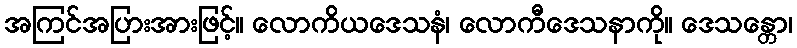
အကြင်အပြားအားဖြင့်။ လောကိယဒေသနံ၊ လောကီဒေသနာကို။ ဒေသန္တော၊